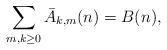
\begin{align*} \sum_{m,k\ge0}\bar{A}_{k,m}(n)=B(n),\end{align*}